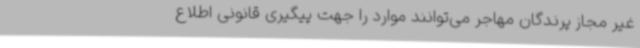
غیر مجاز پرندگان مهاجر می‌توانند موارد را جهت پیگیری قانونی اطلاع